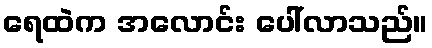
ရေထဲက အလောင်း ပေါ်လာသည်။